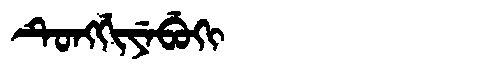
Manchu: ᡨᡠᠩᡤᡳᠶᡝᠪᡠᡴᡳ
Romanization: TUNGGIYEBUKI